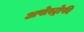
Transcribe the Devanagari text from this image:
अपोस्ट्रोफी